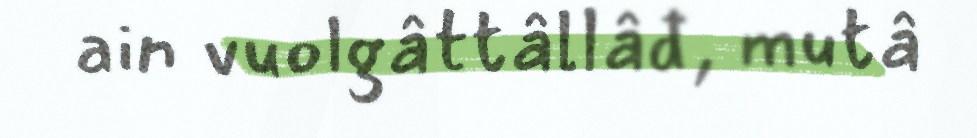
ain vuolgâttâllâđ, mutâ